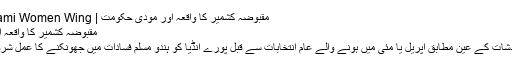
﻿ مقبوضہ کشمیر کا واقعہ اور مودی حکومت | Jamaat-e-Islami Women Wing
مقبوضہ کشمیر کا واقعہ اور مودی حکومت
ایسا لگتا ہے کہ خدشات کے عین مطابق اپریل یا مئی میں ہونے والے عام انتخابات سے قبل پورے انڈیا کو ہندو مسلم فسادات میں جھونکنے کا عمل شروع کیا جاچکا ہے۔